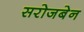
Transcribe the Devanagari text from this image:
सरोजबेन